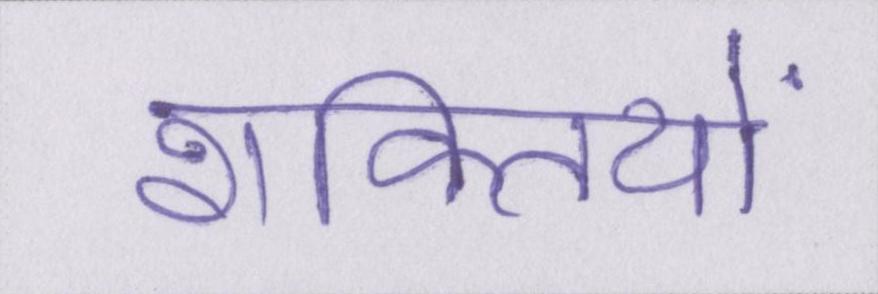
शक्तियों